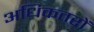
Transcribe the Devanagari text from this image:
अधिकतरों